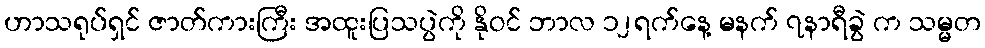
ဟာသရုပ်ရှင် ဇာတ်ကားကြီး အထူးပြသပွဲကို နိုဝင် ဘာလ ၁၂ရက်နေ့ မနက် ၇နာရီခွဲ က သမ္မတ